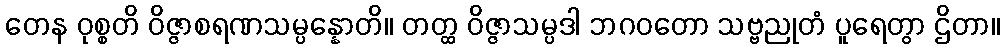
တေန ဝုစ္စတိ ဝိဇ္ဇာစရဏသမ္ပန္နောတိ။ တတ္ထ ဝိဇ္ဇာသမ္ပဒါ ဘဂဝတော သဗ္ဗညုတံ ပူရေတွာ ဌိတာ။